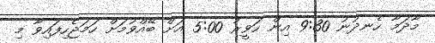
މާދަމާ ހެނދުނު 9:30 އިން ހަވީރު 5:00 އަށް ބޭއްވުމަށް ހަމަޖެހިފައިވާ މި